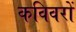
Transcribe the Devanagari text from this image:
कविवरों